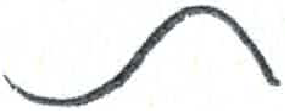
אות: ת